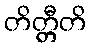
တိတ္တီတိ